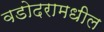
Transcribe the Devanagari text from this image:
वडोदरामधील